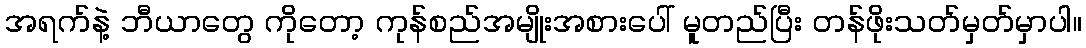
အရက်နဲ့ ဘီယာတွေ ကိုတော့ ကုန်စည်အမျိုးအစားပေါ် မူတည်ပြီး တန်ဖိုးသတ်မှတ်မှာပါ။